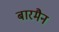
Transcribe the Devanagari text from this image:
बारमैन